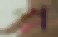
প